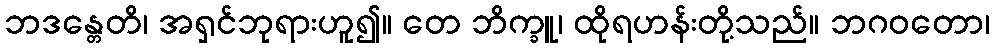
ဘဒန္တေတိ၊ အရှင်ဘုရားဟူ၍။ တေ ဘိက္ခူ၊ ထိုရဟန်းတို့သည်။ ဘဂဝတော၊